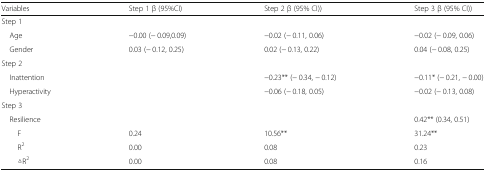
| Variables | Step 1 β (95%CI) | Step 2 β (95% CI)) | Step 3 β (95% CI)) |
 | --- | --- | --- | --- |
 | <COLSPAN=4> Step 1 |
 | Age | −0.00 (− 0.09,0.09) | −0.02 (− 0.11, 0.06) | −0.02 (− 0.09, 0.06) |
 | Gender | 0.03 (− 0.12, 0.25) | 0.02 (− 0.13, 0.22) | 0.04 (− 0.08, 0.25) |
 | <COLSPAN=4> Step 2 |
 | Inattention |  | −0.23** (− 0.34, − 0.12) | −0.11* (− 0.21, − 0.00) |
 | Hyperactivity |  | −0.06 (− 0.18, 0.05) | −0.02 (− 0.13, 0.08) |
 | <COLSPAN=4> Step 3 |
 | Resilience |  |  | 0.42** (0.34, 0.51) |
 | F | 0.24 | 10.56** | 31.24** |
 | R2 | 0.00 | 0.08 | 0.23 |
 | △R2 | 0.00 | 0.08 | 0.16 |